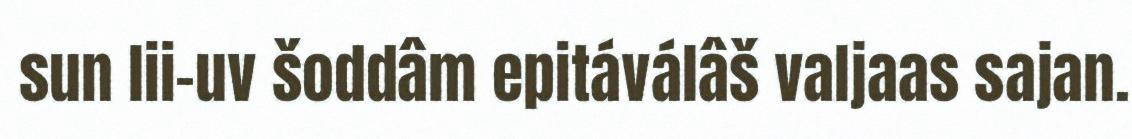
sun lii-uv šoddâm epitáválâš valjaas sajan.